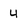
Character: 4